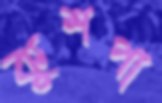
কুশপা